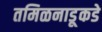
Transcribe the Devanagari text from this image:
तमिळनाडूकडे